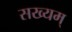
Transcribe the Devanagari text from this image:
सख्यम्